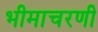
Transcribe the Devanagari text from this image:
भीमाचरणी